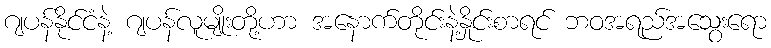
ဂျပန်နိုင်ငံနဲ့ ဂျပန်လူမျိုးတို့ဟာ အနောက်တိုင်းနဲ့နှိုင်းစာရင် ဘဝအရည်အသွေးရော